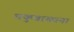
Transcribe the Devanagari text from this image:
धकुवाखाना